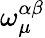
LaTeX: \omega_{\mu}^{\alpha\beta}